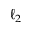
\ell _ { 2 }